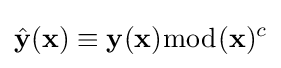
{\hat {\mathbf {y} }}(\mathbf {x} )\equiv \mathbf {y} (\mathbf {x} ){\bmod {(}}\mathbf {x} )^{c}